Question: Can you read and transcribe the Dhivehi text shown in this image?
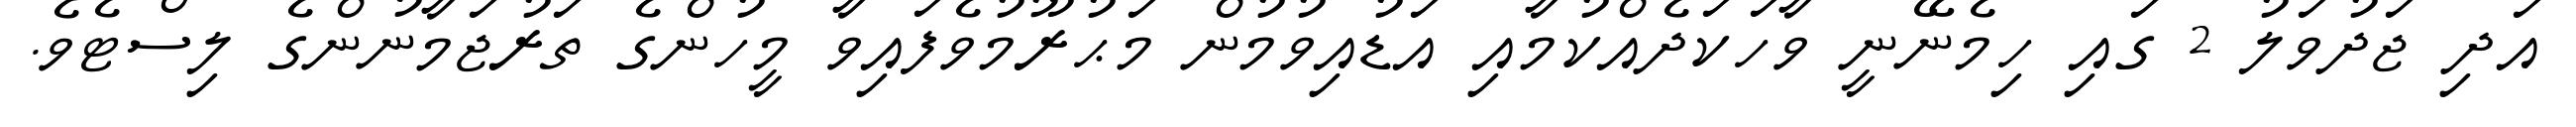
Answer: އަދި ޖަދުވަލު 2 ގައި ހިމެނޭނީ ވާހަކަދެއްކުމާއި އަޑުއިވުމުން މަޙުރޫމުވެފައިވާ މީހުންގެ ތަރުޖަމާނުންގެ ލިސްޓެވެ.